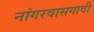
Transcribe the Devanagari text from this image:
नांगरवासगावी